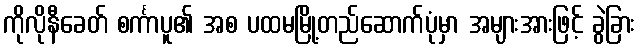
ကိုလိုနီခေတ် စင်္ကာပူ၏ အစ ပထမမြို့တည်ဆောက်ပုံမှာ အများအားဖြင့် ခွဲခြား